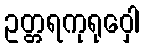
ဥတ္တရကုရုဝှေါ